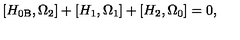
\left[ H _ { 0 \mathrm { B } } , \Omega _ { 2 } \right] + \left[ H _ { 1 } , \Omega _ { 1 } \right] + \left[ H _ { 2 } , \Omega _ { 0 } \right] = 0 ,